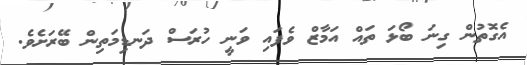
އެގޮތުން ގިނަ ބޯޅަ ތައް އަމާޒް ވެފައި ވަނީ ހުރަސް ދަނޑިމަތިން ބޭރަށެވެ.